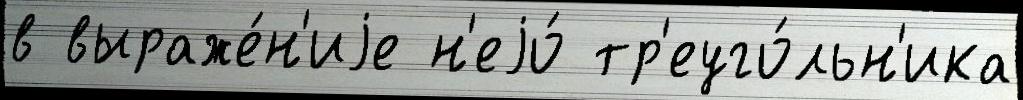
в выраже́н'иjе н'еjо́ тр'еуго́льн'ика